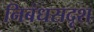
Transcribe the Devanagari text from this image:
निबंधसदृश